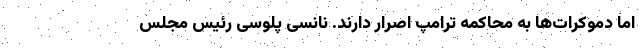
اما دموکرات‌ها به محاکمه ترامپ اصرار دارند. نانسی پلوسی رئیس مجلس